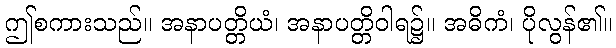
ဤစကားသည်။ အနာပတ္တိယံ၊ အနာပတ္တိဝါရ၌။ အဓိကံ၊ ပိုလွန်၏။